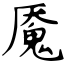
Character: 魇